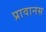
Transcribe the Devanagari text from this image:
प्रावानस